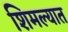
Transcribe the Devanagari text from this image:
शिमल्यात